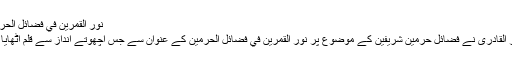
نُوْرُ الْقَمَرَیْن فِي فَضَائِلِ الْحَرَمَیْن {فضائلِ حرمین شریفین}
شیخ الاسلام ڈاکٹر محمد طاہر القادری نے فضائلِ حرمین شریفین کے موضوع پر نُوْرُ الْقَمَرَیْن فِي فَضَائِلِ الْحَرَمَیْن کے عنوان سے جس اچھوتے انداز سے قلم اٹھایا ہے، اس کی مثال نہیں ملتی۔